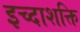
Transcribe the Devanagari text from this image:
इच्दाशक्ति